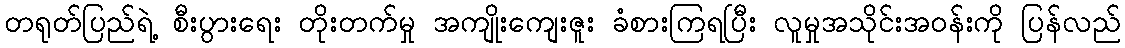
တရုတ်ပြည်ရဲ့ စီးပွားရေး တိုးတက်မှု အကျိုးကျေးဇူး ခံစားကြရပြီး လူမှုအသိုင်းအဝန်းကို ပြန်လည်